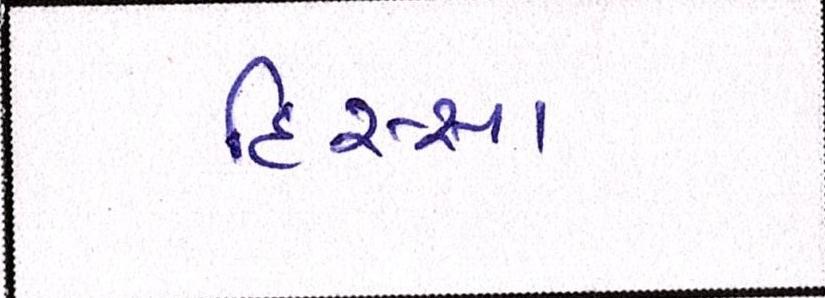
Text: હિસ્સા